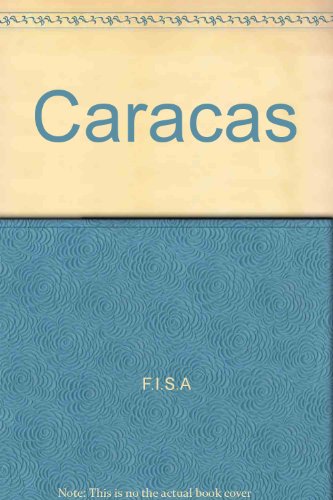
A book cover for Caracas (Spanish Edition); F.I.S.A; Travel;